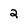
Character: 2